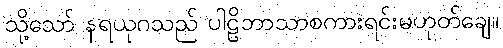
သို့သော် နရယုဂသည် ပါဠိဘာသာစကားရင်းမဟုတ်ချေ။